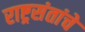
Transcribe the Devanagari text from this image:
राष्ट्रसंतांचे